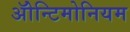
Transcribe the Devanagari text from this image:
ॲोन्टिमोनियम